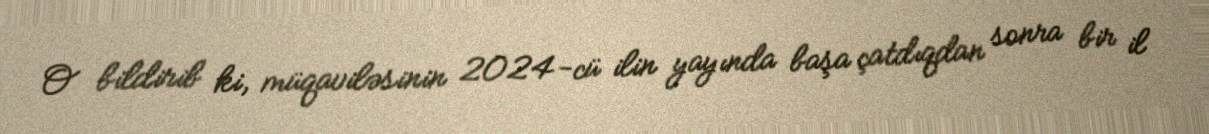
O bildirib ki, müqaviləsinin 2024-cü ilin yayında başa çatdıqdan sonra bir il